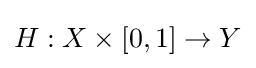
H:X\times [0,1]\rightarrow Y